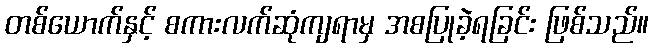
တစ်ယောက်နှင့် စကားလက်ဆုံကျရာမှ အစပြုခဲ့ရခြင်း ဖြစ်သည်။